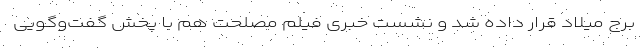
برج میلاد قرار داده شد و نشست خبری فیلم مصلحت هم با پخش گفت‌وگویی